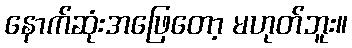
နောက်ဆုံးအဖြေတော့ မဟုတ်ဘူး။